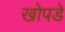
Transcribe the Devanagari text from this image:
खोपडे